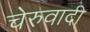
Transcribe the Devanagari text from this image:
चेरुवादी